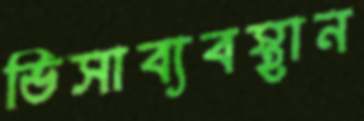
ভিসাব্যবস্থান